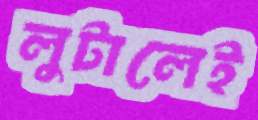
লুটালেই